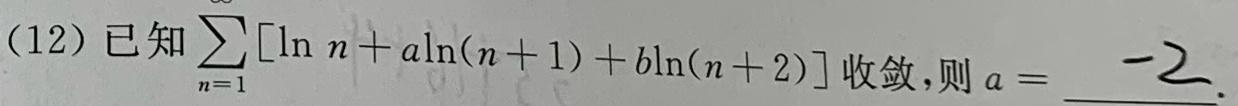
(12) 已知$\sum_{n = 1}^{\infty}[\ln n + a\ln(n + 1) + b\ln(n + 2)]$收敛，则$a = \underline{-2}$.